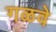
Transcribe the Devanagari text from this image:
गळवे